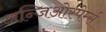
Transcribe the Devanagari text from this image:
अन्जिओस्पेर्म्स